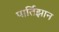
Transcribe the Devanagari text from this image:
पार्तिझान